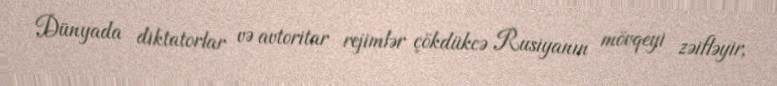
Dünyada diktatorlar və avtoritar rejimlər çökdükcə Rusiyanın mövqeyi zəifləyir,